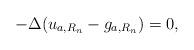
LaTeX: \begin{align*}- \Delta ( u_{a,R_{n}} - g_{a,R_{n}}) = 0,\end{align*}